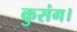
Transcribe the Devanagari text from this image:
कुसंग।